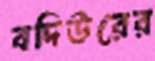
বদিউরের